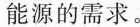
能源的需求。